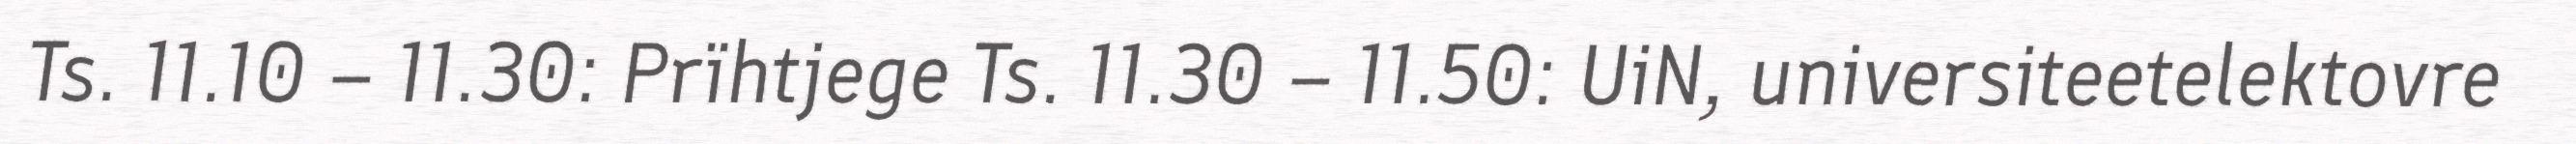
Ts. 11.10 – 11.30: Prïhtjege Ts. 11.30 – 11.50: UiN, universiteetelektovre